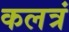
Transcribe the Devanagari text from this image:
कलत्रं